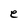
Character: e